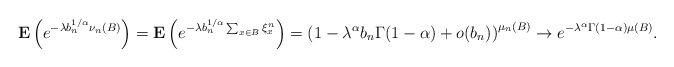
LaTeX: \begin{align*}\mathbf{E}\left(e^{-\lambda b_n^{1/\alpha}\nu_n(B)}\right)=\mathbf{E}\left(e^{-\lambda b_n^{1/\alpha}\sum_{x\in B}\xi^n_x}\right)=\left(1-\lambda^\alpha b_n \Gamma(1-\alpha)+o(b_n)\right)^{\mu_n(B)}\rightarrow e^{-\lambda^\alpha \Gamma(1-\alpha)\mu(B)}.\end{align*}